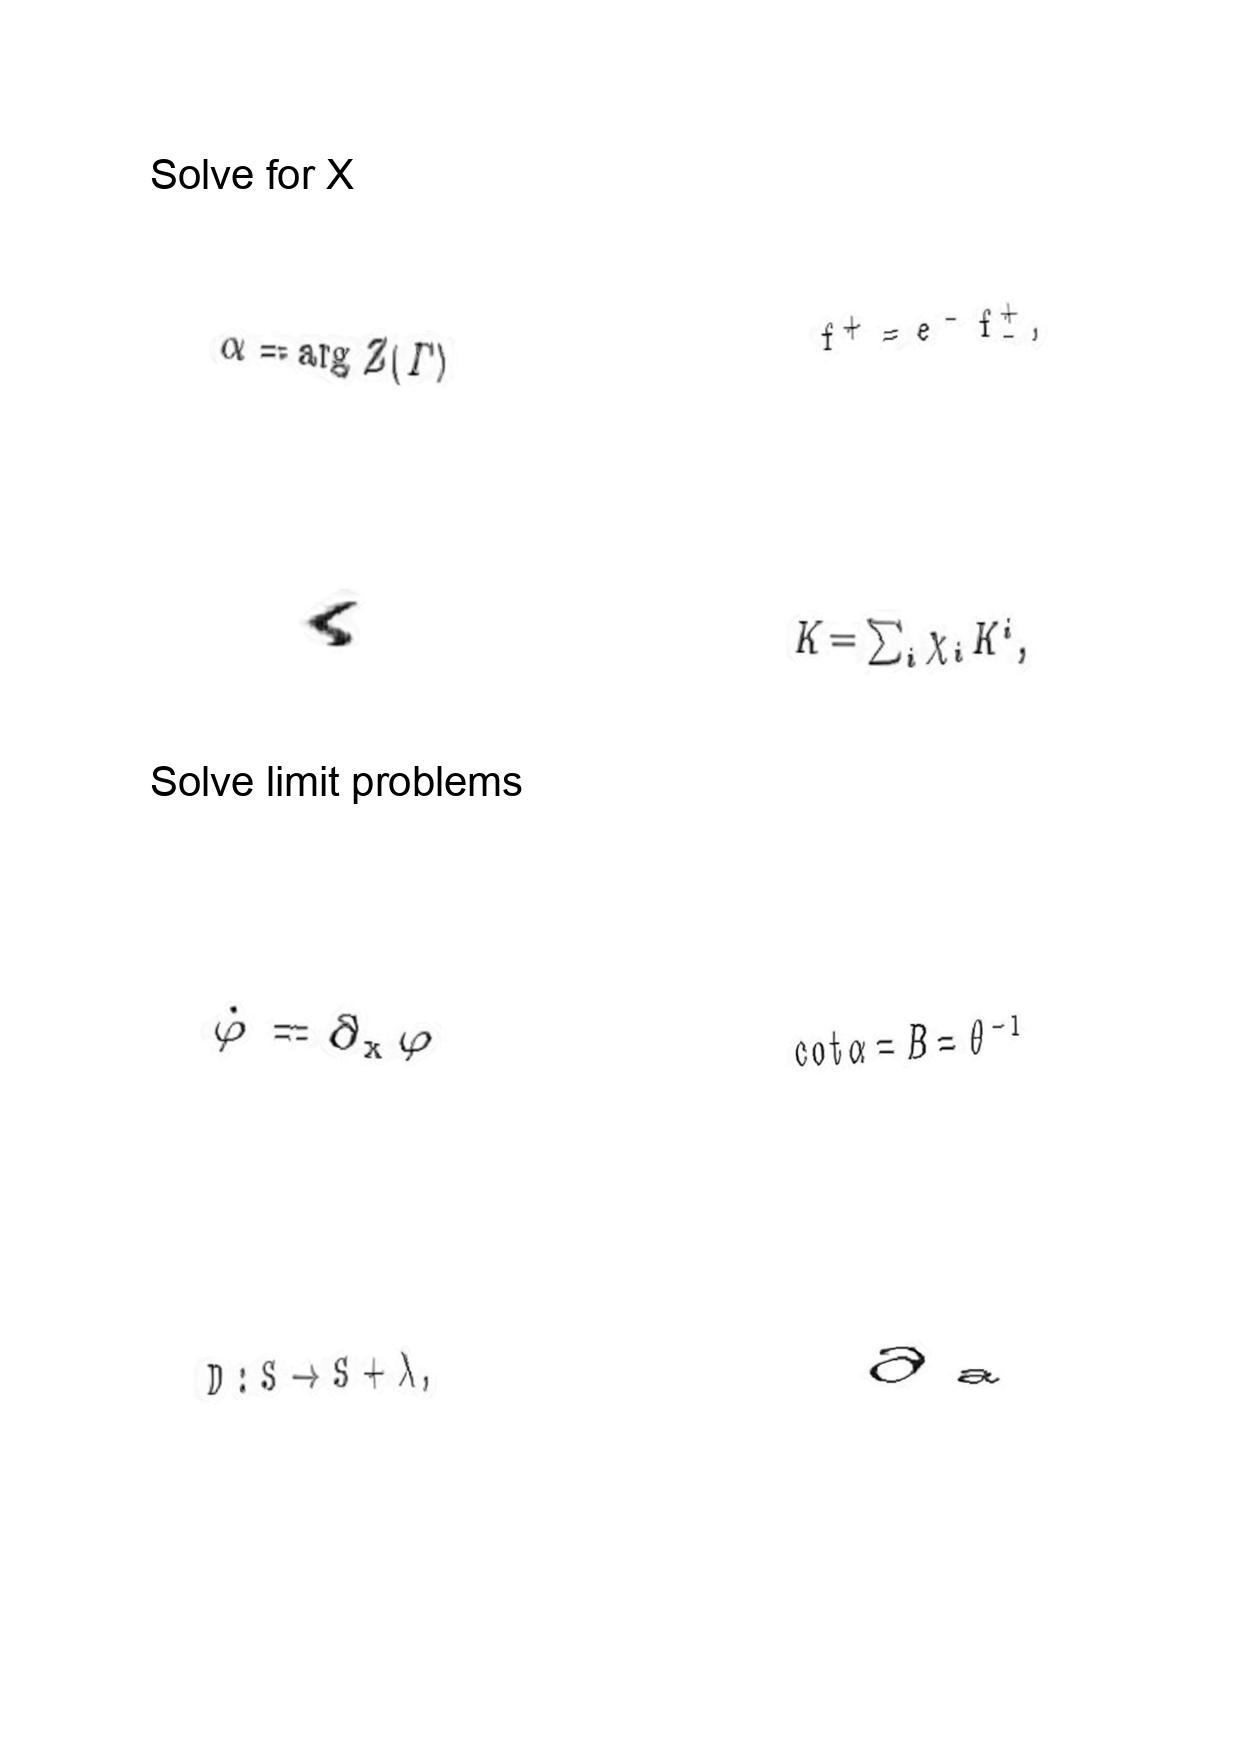
LaTeX transcription:
\alpha = \arg Z \lparen \Gamma \rparen
\langle
\dot { \varphi } = \partial _ { x } \varphi
D : S \rightarrow S + \lambda ,
f ^ { + } = e ^ { - } f _ { - } ^ { + } ,
K = \sum _ { i } \chi _ { i } K ^ { i } ,
\mathrm { c o t } \alpha = B = \theta ^ { - 1 }
\partial _ { \mathrm { a } }